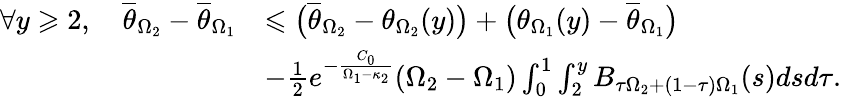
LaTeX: \begin{array}{rl}{\forall y\geqslant 2,\quad\overline{\theta}_{\Omega_{2}}-\overline{\theta}_{\Omega_{1}}}&{\leqslant\big(\overline{\theta}_{\Omega_{2}}-\theta_{\Omega_{2}}(y)\big)+\big(\theta_{\Omega_{1}}(y)-\overline{\theta}_{\Omega_{1}}\big)}\\ &{-\frac{1}{2}e^{-\frac{C_{0}}{\Omega_{1}-\kappa_{2}}}(\Omega_{2}-\Omega_{1})\int_{0}^{1}\int_{2}^{y}B_{\tau\Omega_{2}+(1-\tau)\Omega_{1}}(s)dsd\tau.}\end{array}